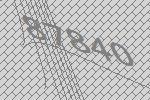
87840